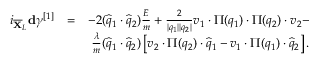
\begin{array} { r l r } { i _ { \overline { { \mathbf { X } } } _ { L } } \mathbf { d } \gamma ^ { [ 1 ] } } & { = } & { - 2 ( \widehat { q } _ { 1 } \cdot \widehat { q } _ { 2 } ) \frac { E } { m } + \frac { 2 } { \vert q _ { 1 } \vert \vert q _ { 2 } \vert } v _ { 1 } \cdot \Pi ( q _ { 1 } ) \cdot \Pi ( q _ { 2 } ) \cdot v _ { 2 } - } \\ & { } & { \frac { \lambda } { m } ( \widehat { q } _ { 1 } \cdot \widehat { q } _ { 2 } ) \left[ v _ { 2 } \cdot \Pi ( q _ { 2 } ) \cdot \widehat { q } _ { 1 } - v _ { 1 } \cdot \Pi ( q _ { 1 } ) \cdot \widehat { q } _ { 2 } \right] . } \end{array}